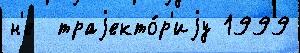
н'е  траjекто́р'иjу 1999